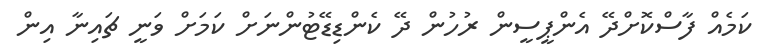
ކަމެއް ފާސްކޮށްދޭ އެންޕީސީން ރުހުން ދޭ ކެންޑިޑޭޓުންނަށް ކަމަށް ވަނީ ޗައިނާ އިން